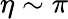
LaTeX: \eta\sim\pi